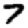
Digit: 7